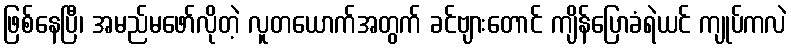
ဖြစ်နေပြီ၊ အမည်မဖော်လိုတဲ့ လူတယောက်အတွက် ခင်ဗျားတောင် ကျိန်ပြောခံရဲယင် ကျုပ်ကလဲ